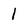
Character: 1